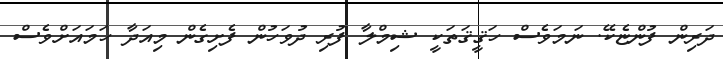
ދަރިން ފުންޏެކޭ. ނަމަވެސް ހަޤީޤަތަކީ ޝިމްލާ ފުރި ދުވަހުން ފެށިގެން މިއަދާ ހަމައަށްވެސް